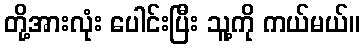
တို့အားလုံး ပေါင်းပြီး သူ့ကို ကယ်မယ်။